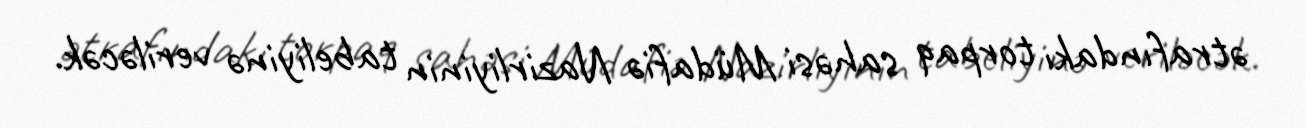
ətrafındakı torpaq sahəsi Müdafiə Nazirliyinin tabeliyinə veriləcək.